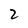
Character: 2